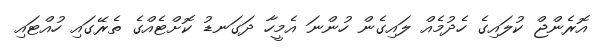
އޮރެންޖް ކުލައިގެ ހެދުމެއް ލައިގެން ހުންނަ އެމީހާ ދަގަނޑު ކޮށްޓެއްގެ ތެރޭގައި ހުއްޓައި